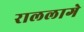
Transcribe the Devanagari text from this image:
राललागे